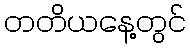
တတိယနေ့တွင်